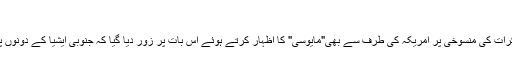
‘‘
واضح رہے کہ پاکستان اور بھارت کے درمیان مذاکرات کی منسوخی پر امریکہ کی طرف سے بھی"مایوسی" کا اظہار کرتے ہوئے اس بات پر زور دیا گیا کہ جنوبی ایشیا کے دونوں پڑوسی ملک بات چیت کے عمل کو جلد شروع کریں۔